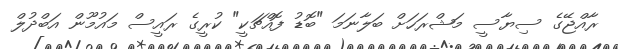
ރާއްޖޭގެ ސިޔާސީ މަޝްރަހަށް ބަލާނަމަ "ބޮޑު ފޮއްޗަކީ" ކުރީގެ ރައީސް މައުމޫން އަބްދުލް